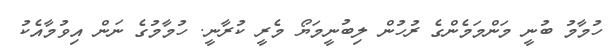
ހުމާމު ބުނީ މަންމަމެންގެ ރުހުން ލިބުނީމަޔޯ މެރީ ކުރާނީ. ހުމާމުގެ ނަން އިވުމާއެކު